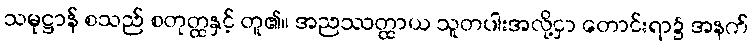
သမုဋ္ဌာန် စသည် စတုတ္ထနှင့် တူ၏။ အညဿတ္ထာယ သူတပါးအလို့ငှာ တောင်းရာ၌ အနက်